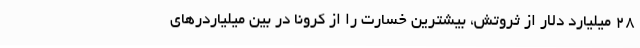
28 میلیارد دلار از ثروتش، بیشترین خسارت را از کرونا در بین میلیاردرهای